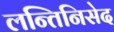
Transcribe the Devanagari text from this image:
लन्तिनिसेद